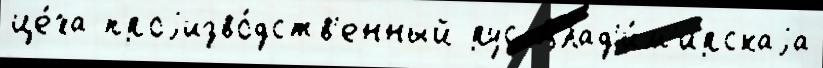
це́ха проjизво́дств'енный рус Влад'и́м'ирскаjа